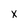
Character: x